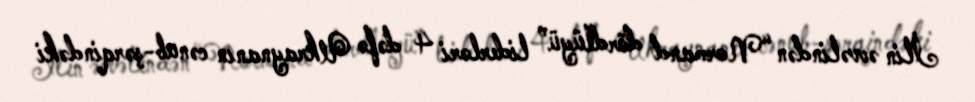
İlin əvvəlindən “Normand dördlüyü” liderləri 4 dəfə Ukraynanın cənub-şərqindəki